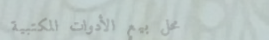
محل بيع الأدوات المكتبية